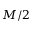
M / 2